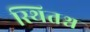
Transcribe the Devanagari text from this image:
स्थितश्च